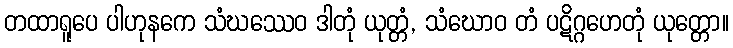
တထာရူပေ ပါဟုနကေ သံဃဿေဝ ဒါတုံ ယုတ္တံ, သံဃောဝ တံ ပဋိဂ္ဂဟေတုံ ယုတ္တော။